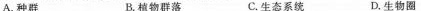
A.种群 B.植物群落 C.生态系统 D.生物圈